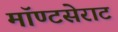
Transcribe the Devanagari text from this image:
मॉण्टसेराट